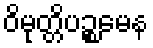
ဝိမုတ္တိပဉ္စမေန